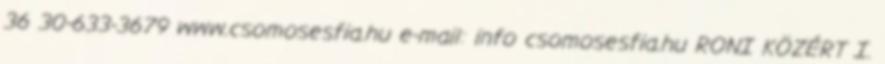
36 30-633-3679 www.csomosesfia.hu e-mail: info csomosesfia.hu RONI KÖZÉRT I.